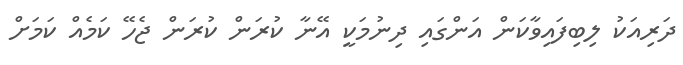
ދަރިއަކު ލިބިފައިވާކަން އަންގައި ދިނުމަކީ އޭނާ ކުރަން ކުރަން ޖެހޭ ކަމެއް ކަމަށް